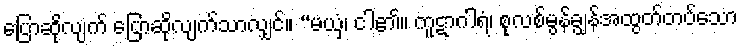
ပြောဆိုလျက် ပြောဆိုလျက်သာလျှင်။ “မယှံ၊ ငါ၏။ ကူဋာဂါရံ၊ စုလစ်မွန်ချွန်အထွတ်တပ်သော